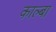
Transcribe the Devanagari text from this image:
काल्बा